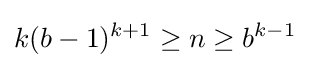
k(b-1)^{k+1}\geq n\geq b^{k-1}